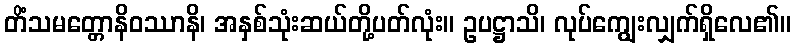
တိံသမတ္တောနိဝဿာနိ၊ အနှစ်သုံးဆယ်တို့ပတ်လုံး။ ဥပဋ္ဌာသိ၊ လုပ်ကျွေးလျှက်ရှိလေ၏။